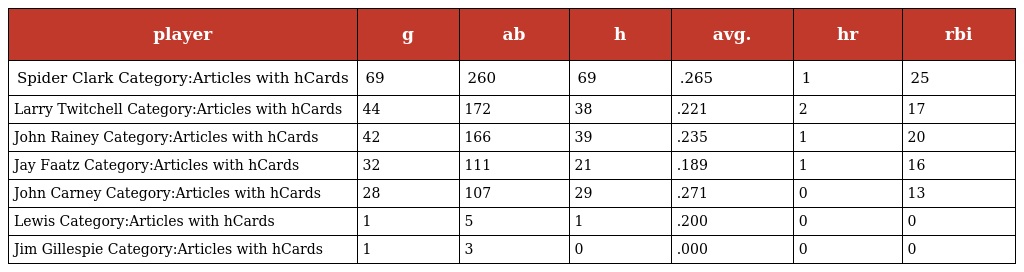
| player | g | ab | h | avg. | hr | rbi |
 | --- | --- | --- | --- | --- | --- | --- |
 | Spider Clark Category:Articles with hCards | 69 | 260 | 69 | .265 | 1 | 25 |
 | Larry Twitchell Category:Articles with hCards | 44 | 172 | 38 | .221 | 2 | 17 |
 | John Rainey Category:Articles with hCards | 42 | 166 | 39 | .235 | 1 | 20 |
 | Jay Faatz Category:Articles with hCards | 32 | 111 | 21 | .189 | 1 | 16 |
 | John Carney Category:Articles with hCards | 28 | 107 | 29 | .271 | 0 | 13 |
 | Lewis Category:Articles with hCards | 1 | 5 | 1 | .200 | 0 | 0 |
 | Jim Gillespie Category:Articles with hCards | 1 | 3 | 0 | .000 | 0 | 0 |